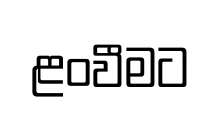
ළංවීමට